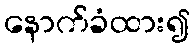
နောက်ခံထား၍